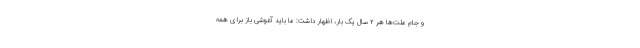
و جام ملت‌ها هر ۲ سال یک بار، اظهار داشت: ما باید آغوشی باز برای همه